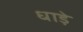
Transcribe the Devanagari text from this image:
धाड़े